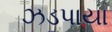
ઝડપાયા